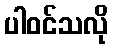
ပါဝင်သလို